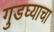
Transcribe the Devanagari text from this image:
गुडघ्याचा